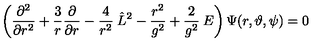
\left( \frac { \partial ^ { 2 } } { \partial r ^ { 2 } } + \frac { 3 } { r } \frac { \partial } { \partial r } - \frac { 4 } { r ^ { 2 } } \: \hat { L } ^ { 2 } - \frac { r ^ { 2 } } { g ^ { 2 } } + \frac { 2 } { g ^ { 2 } } \: E \right) \Psi ( r , \vartheta , \psi ) = 0